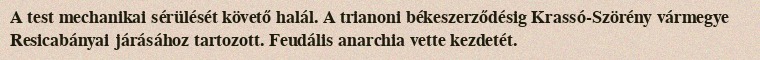
A test mechanikai sérülését követő halál. A trianoni békeszerződésig Krassó-Szörény vármegye Resicabányai járásához tartozott. Feudális anarchia vette kezdetét.